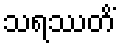
သရဿတိံ